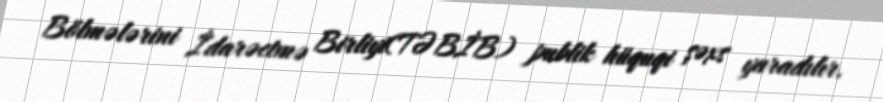
Bölmələrini İdarəetmə Birliyi(TƏBİB) publik hüquqi şəxs yaradılır.